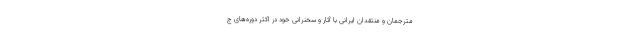
مترجمان و منتقدان ایرانی با آثار و سخنرانی خود در اکثر دوره‌های ج